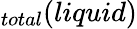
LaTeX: _{total}(liquid)